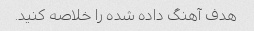
هدف آهنگ داده شده را خلاصه کنید.